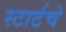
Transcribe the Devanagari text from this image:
स्टार्टचे